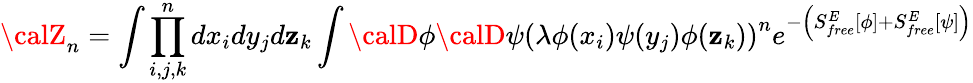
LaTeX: {\calZ}_{n}=\int\prod_{i,j,k}^{n}dx_{i}dy_{j}d\mathbf{z}_{k}\int{\calD}\phi{\calD}\psi\left(\lambda\phi(x_{i})\psi(y_{j})\phi(\mathbf{z}_{k})\right)^{n}e^{-\left(S_{free}^{E}\left[\phi\right]+S_{free}^{E}\left[\psi\right]\right)}